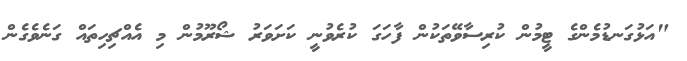
"އަޅުގަނޑުމެންގެ ޓީމުން ކުރިސާވޭތަކުން ފާހަގަ ކުރެވުނީ ކަށަވަރު ޝޯރޫމުން މި އެއްޗިހިތައް ގަނެވެގެން